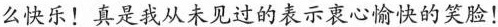
么快乐!真是我从未见过的表示衷心愉快的笑脸!